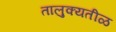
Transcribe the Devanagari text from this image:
तालुक्यतीळ